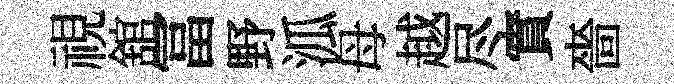
視舘冨野泒母越尽實嗇